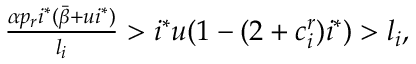
\begin{array} { r } { \frac { \alpha p _ { r } i ^ { * } ( \bar { \beta } + u i ^ { * } ) } { l _ { i } } > i ^ { * } u ( 1 - ( 2 + c _ { i } ^ { r } ) i ^ { * } ) > l _ { i } , } \end{array}